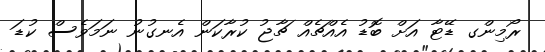
ރޯމިންގ ޑޭޓާ އަށް ބޮޑު އެއްޗެއް ޗާޖު ކުރާކަން އެނގުނު ނަމަވެސް ކުޑަ